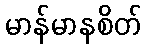
မာန်မာနစိတ်